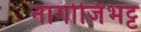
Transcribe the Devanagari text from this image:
नागोजिभट्ट